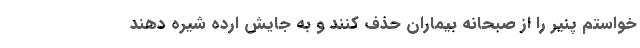
خواستم پنیر را از صبحانه بیماران حذف کنند و به جایش ارده شیره دهند